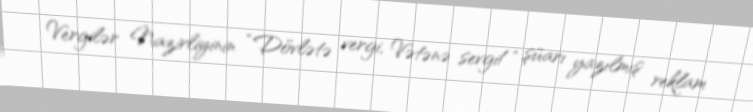
Vergilər Nazirliyinin “Dövlətə vergi, Vətənə sevgi!” şüarı yazılmış reklam